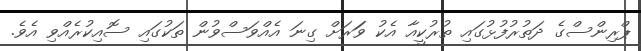
ޕްރިންސްގެ ދަތުރުފުޅުގައި ތުރުކީއާ އެކު ވަަރަށް ގިނަ އެއްވަސްވުން ތަކުގައި ސޮއިކުރެއްވި އެވެ.